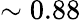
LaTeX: \sim 0.88